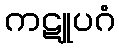
ကဋူပဂံ